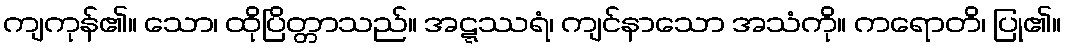
ကျကုန်၏။ သော၊ ထိုပြိတ္တာသည်။ အဋ္ဋဿရံ၊ ကျင်နာသော အသံကို။ ကရောတိ၊ ပြု၏။